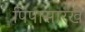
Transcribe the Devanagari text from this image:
पिंपासारखे